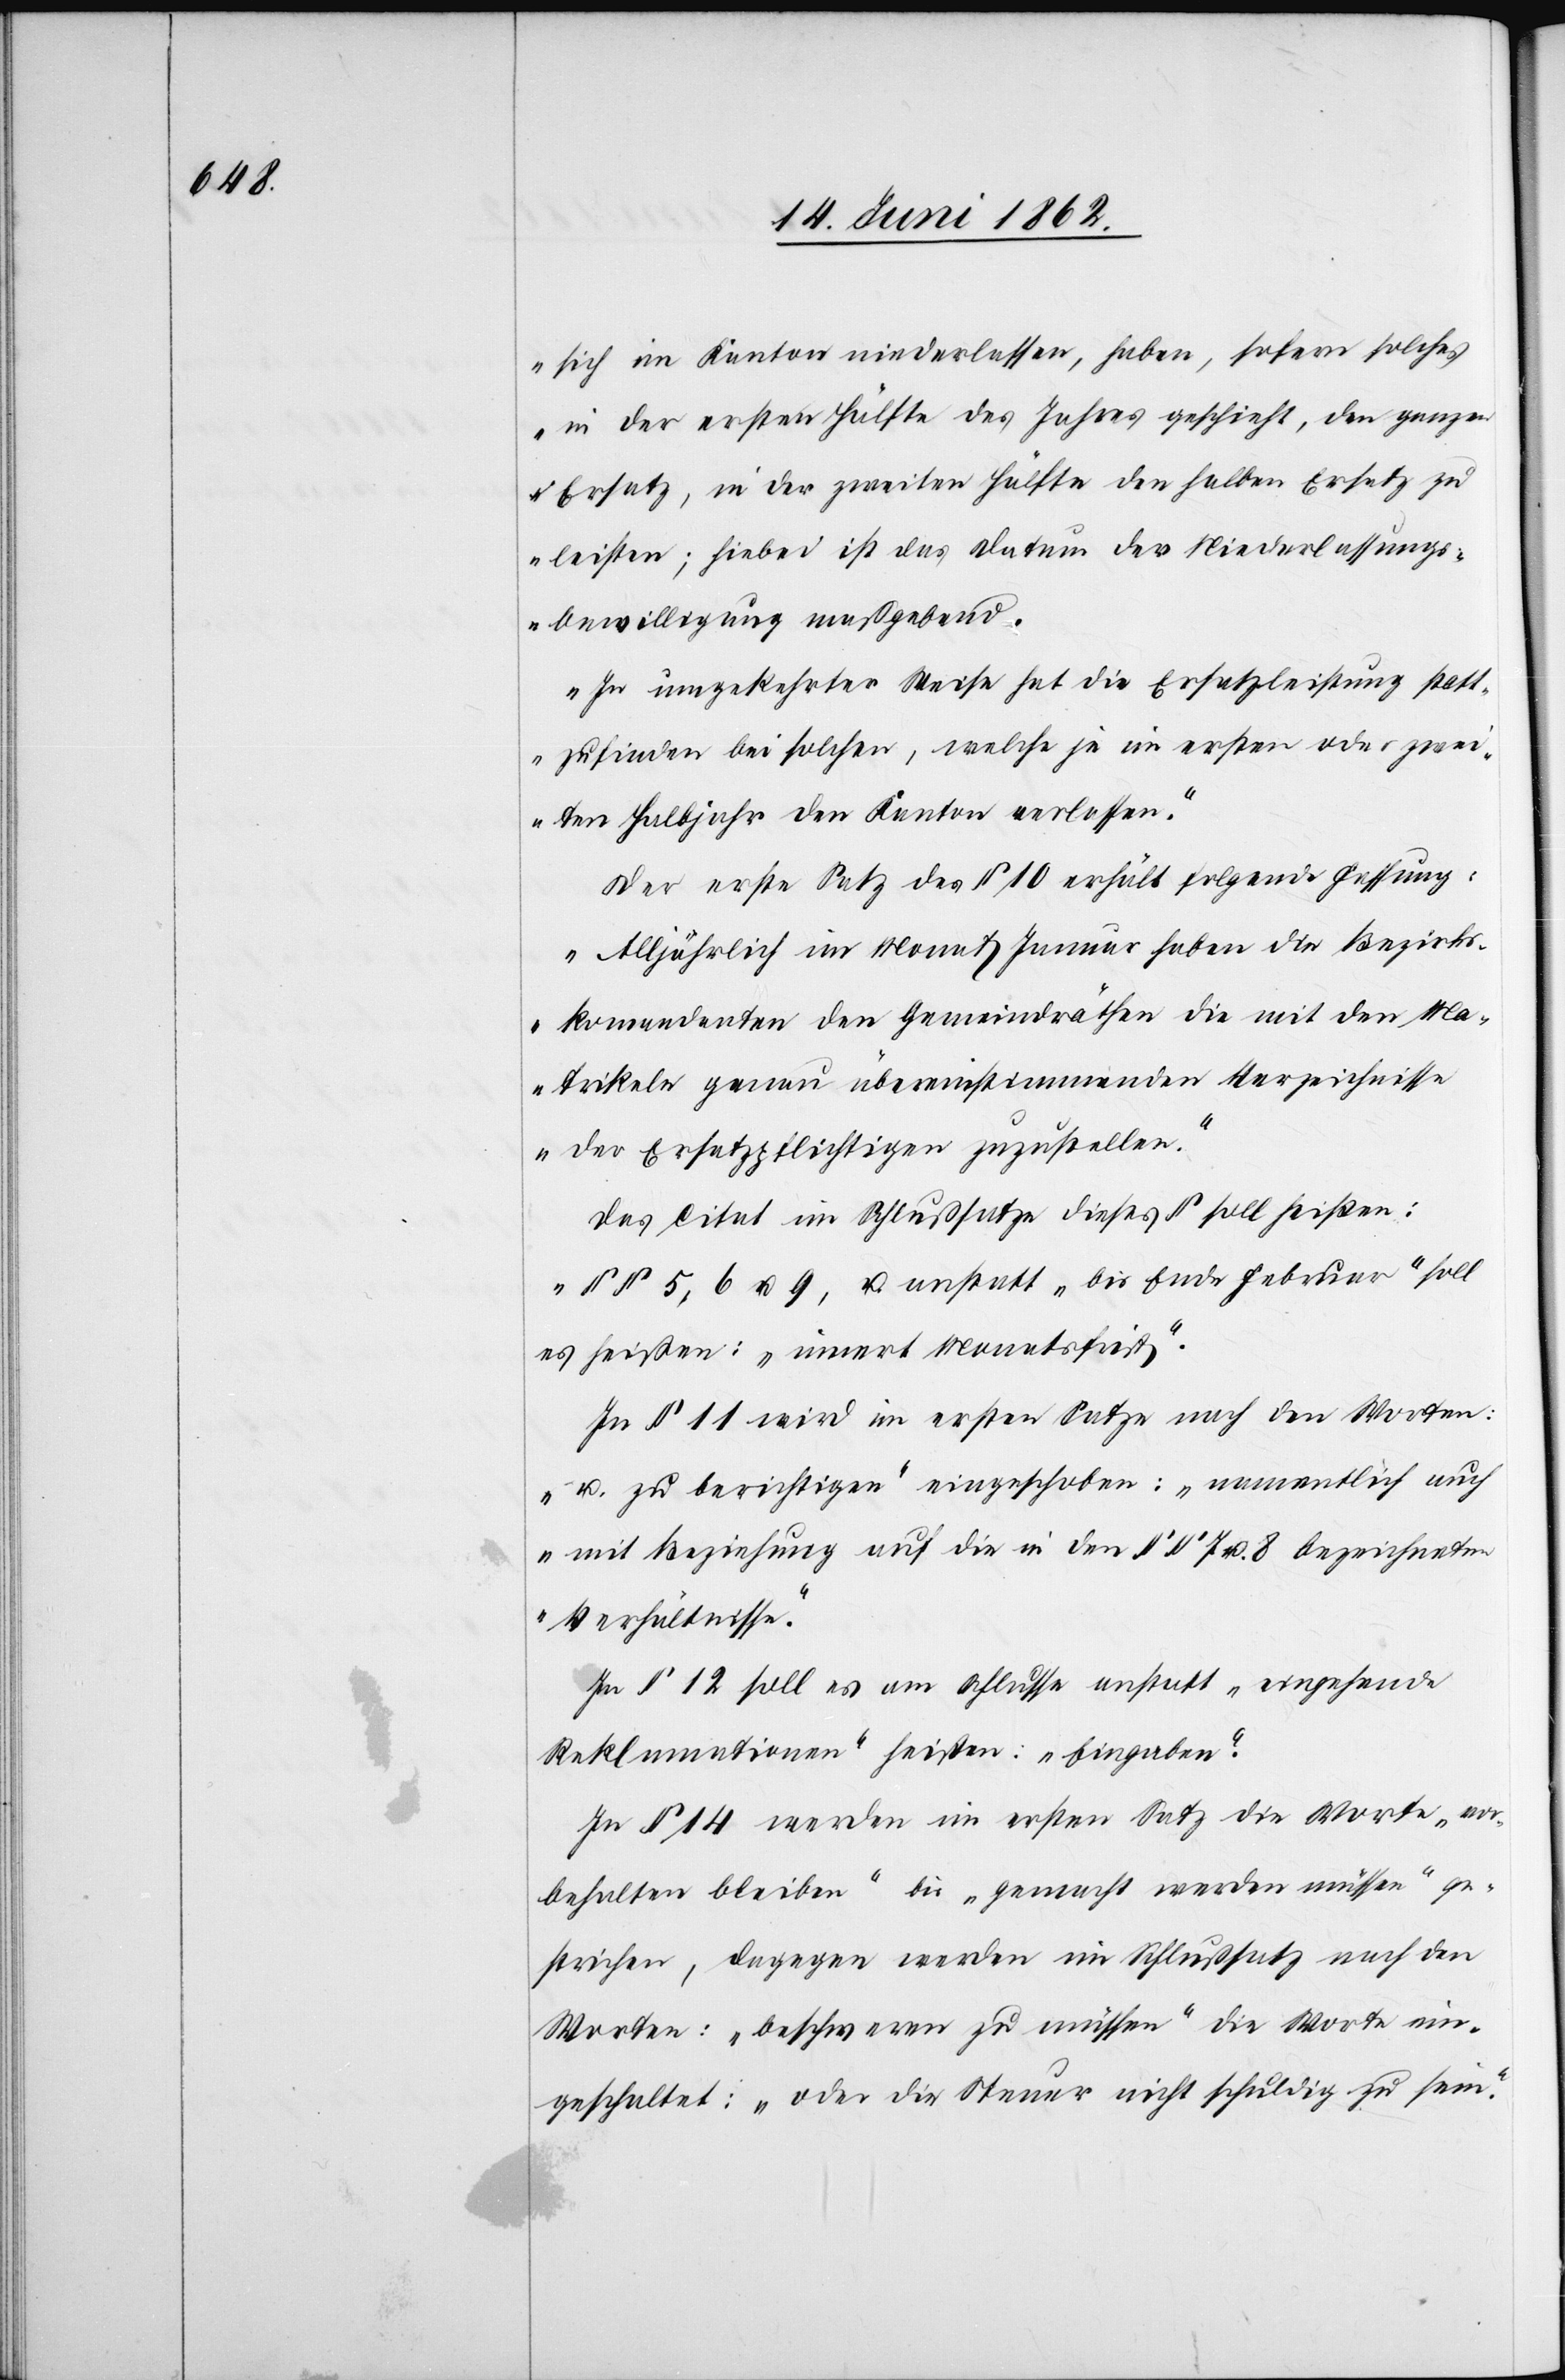
sich im Kanton niederlassen, haben, sofern solches
in der ersten Hälfte des Jahres geschieht, den ganzen
Ersatz, in der zweiten Hälfte den halben Ersatz zu
leisten; hiebei ist das Datum der Niederlassungs¬
bewilligung maßgebend.
In umgekehrter Weise hat die Ersatzleitung statt¬
zufinden bei solchen, welche je im ersten oder zwei¬
ten Halbjahr den Kanton verlassen.“
Der erste Satz des § 10 erhält folgende Fassung:
„Alljährlich im Monat Januar haben die Bezirks¬
komandenten [sic!] den Gemeindräthen die mit den Ma¬
trikeln genau übereinstimmenden Verzeichnisse
der Ersatzpflichtigen zuzustellen.“
Das Citat im Schlußsatze dieses § soll heißen:
„§§ 5, 6 u. 9,[“] u. anstatt „bis Ende Februar“ soll
es heißen: „innert Monatsfrist.“
In § 11 wird im ersten Satze nach den Worten:
„u. zu berichtigen“ eingeschoben: „namentlich auch
mit Beziehung auf die in den §§ 7 u. 8 bezeichneten
Verhältnisse.“
In § 12 soll es am Schlusse anstatt „eingehende
Reklamationen“ heißen: „Eingaben“.
In § 14 werden im ersten Satz die Worte „Vor¬
behalten bleiben“ in „gemacht werden müssen“ ge¬
strichen, dagegen werden im Schlußsatz nach den
Worten: „beschweren zu müssen“ die Worte ein¬
geschaltet: „oder die Steuer nicht schuldig zu sein.“